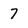
Character: 7